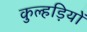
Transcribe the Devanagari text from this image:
कुल्हड़ियों